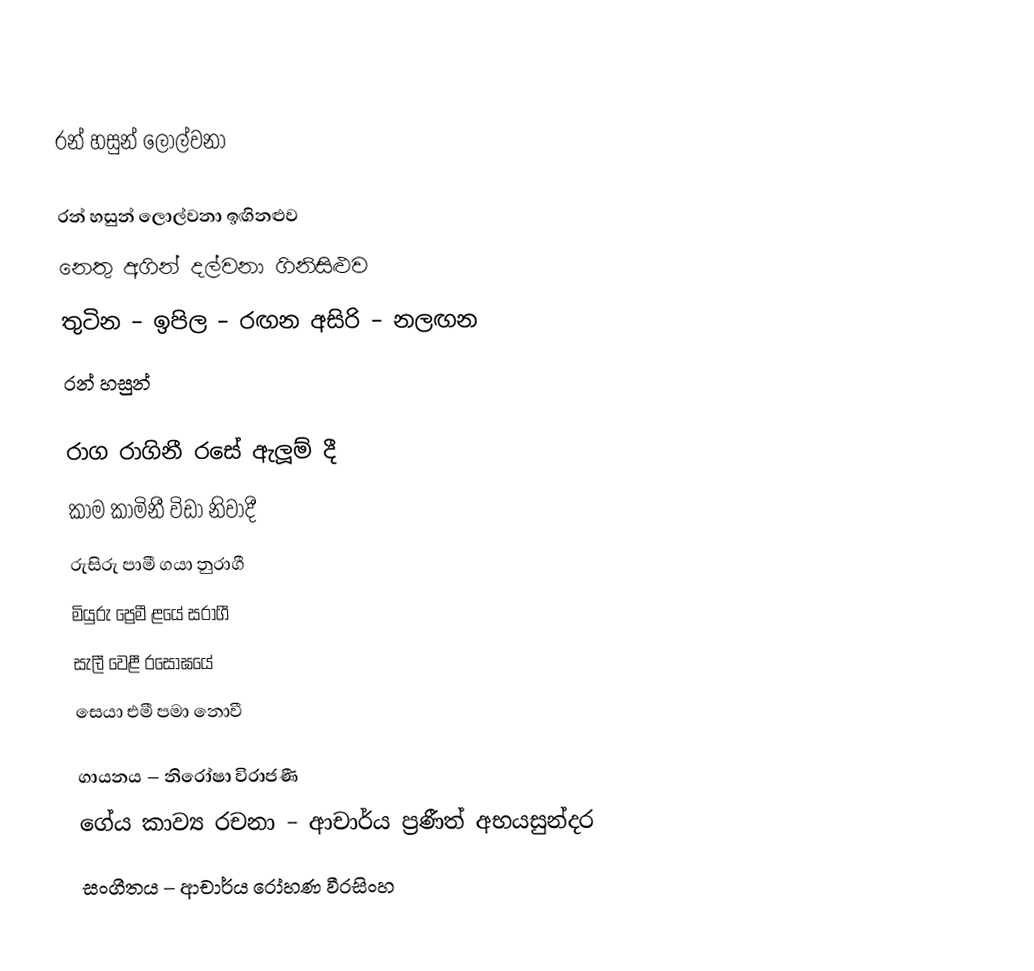

රන් හසුන් ලොල්වනා

රන් හසුන් ලොල්වනා ඉඟිනළුව
නෙතු අගින් දල්වනා ගිනිසිළුව
තුටින – ඉපිල – රඟන අසිරි – නලඟන
රන් හසුන්

රාග රාගිනී රසේ ඇලූම් දී
කාම කාමිනී විඩා නිවාදී
රුසිරු පාමී ගයා නුරාගී
මියුරු ප්‍රෙමී ළයේ සරාගී
සැලී වෙළී රසෝඝයේ
සෙයා එමී පමා නොවී

ගායනය – නිරෝෂා විරාජණී
ගේය කාව්‍ය රචනා – ආචාර්ය ප‍්‍රණීත් අභයසුන්දර
සංගීතය – ආචාර්ය රෝහණ වීරසිංහ